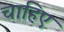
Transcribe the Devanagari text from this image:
चाहिए